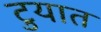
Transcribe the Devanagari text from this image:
टुयात